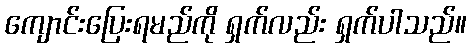
ကျောင်းပြေးရမည်ကို ရှက်လည်း ရှက်ပါသည်။